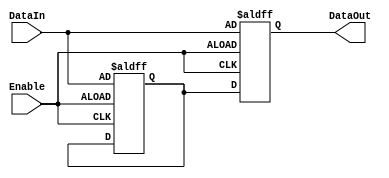
module Disable(
    input wire Enable,          // Control signal
    input wire [N-1:0] DataIn, // Input data (example width N)
    output reg [N-1:0] DataOut  // Output data (example width N)
);

// Parameter to define output width
parameter N = 8; // Example width, can be adjusted as needed

// Internal storage for the output when disabled
reg [N-1:0] last_value;

always @(posedge Enable or negedge Enable) begin
    if (Enable) begin
        // When enabled, update output with input data
        DataOut <= DataIn;
        last_value <= DataIn; // Store current input as last value
    end else begin
        // When disabled, hold the last value or set to predefined state
        DataOut <= last_value; // Hold last valid output
        // Alternatively, you can set a predefined state, e.g., DataOut <= {N{1'b0}};
    end
end

endmodule